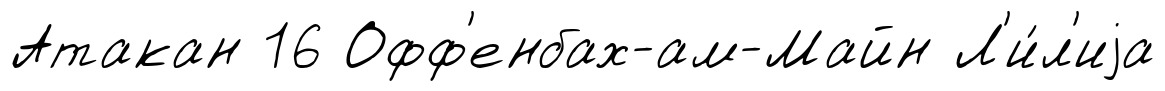
Атакан 16 Офф'енбах-ам-Майн Л'и́л'иjа